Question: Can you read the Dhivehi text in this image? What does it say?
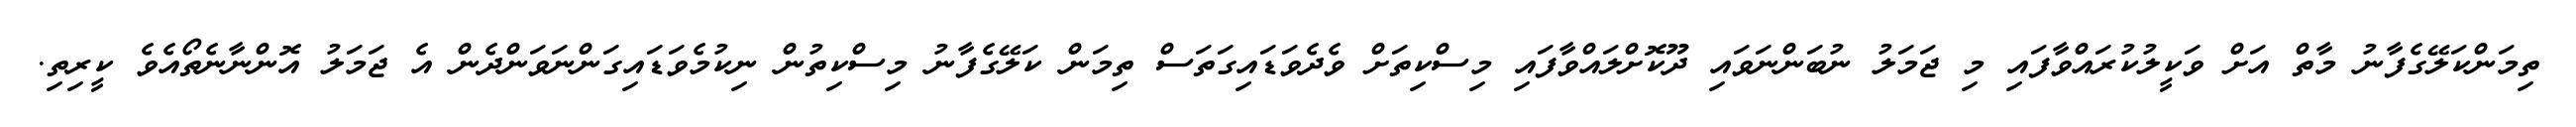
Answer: ތިމަންކަލޭގެފާނު މާތް އަށް ވަކީލުކުރައްވާފައި މި ޖަމަލު ނުބަންނަވައި ދޫކޮށްލައްވާފައި މިސްކިތަށް ވެދެވަޑައިގަތަސް ތިމަން ކަލޭގެފާނު މިސްކިތުން ނިކުމެވަޑައިގަންނަވަންދެން އެ ޖަމަލު އޮންނާނެތޯއެވެ ކީރިތި.